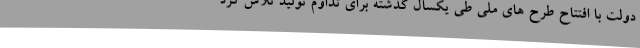
دولت با افتتاح طرح های ملی طی یکسال گذشته برای تداوم تولید تلاش کرد